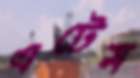
এটেম